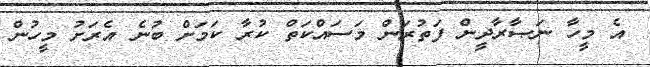
އެ މީހާ ނަޞާރާދީން ފަތުރަން މަސައްކަތް ކުރާ ކަމަށް ބުނެ އެރަށު މީހުން